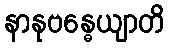
နာနုဗန္ဓေယျာတိ